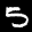
Label: 5